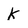
Character: K